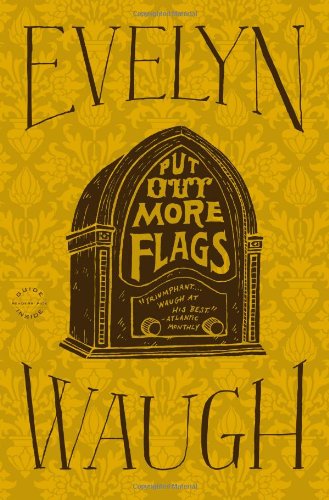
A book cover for Put Out More Flags; Evelyn Waugh; Literature & Fiction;